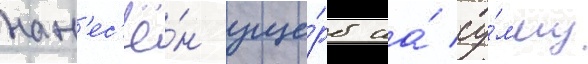
нан'ес'ё́н уще́рб на́ су́мму